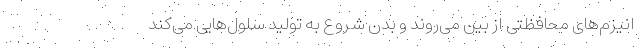
انیزم‌های محافظتی از بین می‌روند و بدن شروع به تولید سلول‌هایی می‌کند